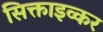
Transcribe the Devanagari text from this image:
सिक्ताइव्कर